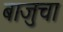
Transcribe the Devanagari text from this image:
बाजुचा